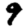
Digit: 9